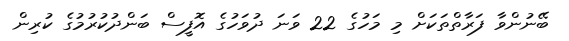
ބޭނުންވާ ފަރާތްތަކަށް މި މަހުގެ 22 ވަނަ ދުވަހުގެ އޮފީސް ބަންދުކުރުމުގެ ކުރިން